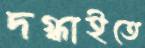
দগ্ধাইতে